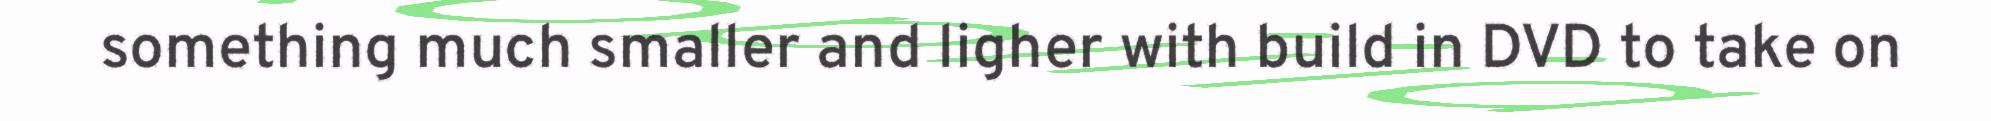
something much smaller and ligher with build in DVD to take on